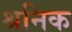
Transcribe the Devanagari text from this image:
श्रनिक